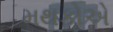
મથકોએ